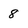
Character: 8